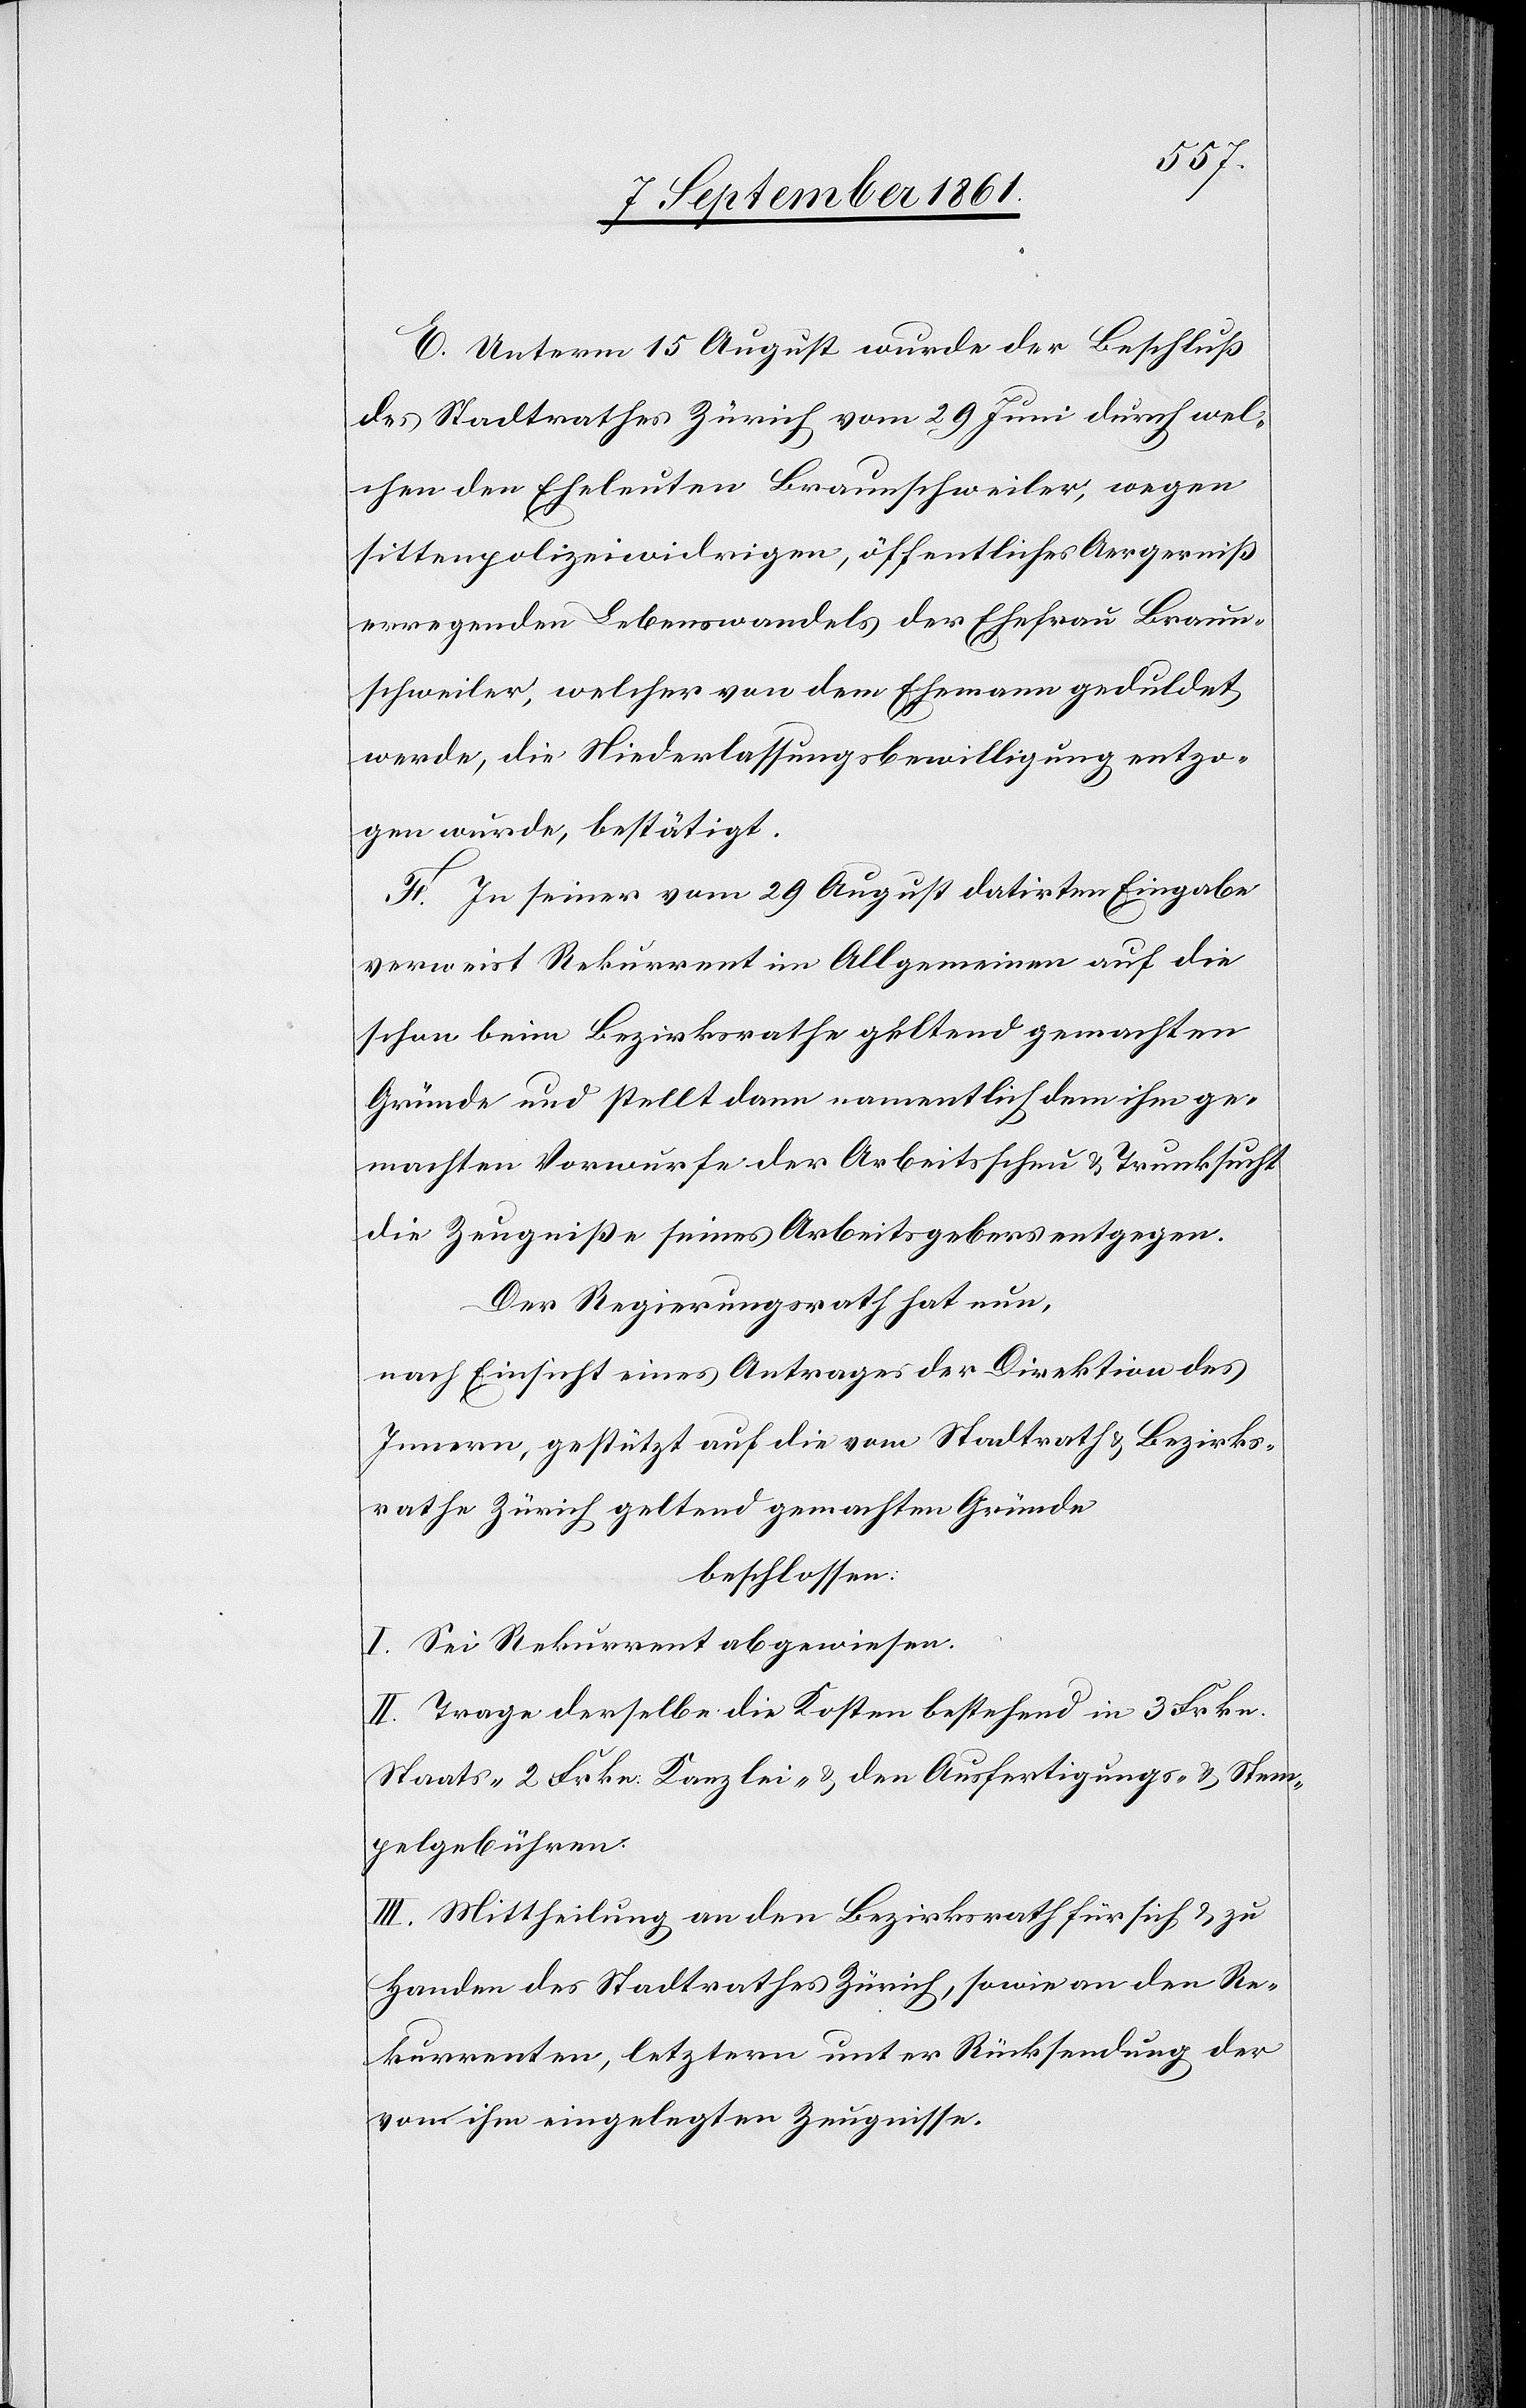
E. Unterm 15 August wurde der Beschluß
des Stadtrathes Zürich vom 29 Juni durch wel¬
chen den Eheleuten Braunschweiler, wegen
sittenpolizeiwidrigen, öffentliches Aergerniß
erregenden Lebenswandels der Ehefrau Braun¬
schweiler, welcher von dem Ehemann geduldet
werde, die Niederlaßungsbewilligung entzo¬
gen wurde, bestätigt.
F. In seiner vom 29 August datirten Eingabe
verweist Rekurrent im Allgemeinen auf die
schon beim Bezirksrathe geltend gemachten
Gründe und stellt dann namentlich dem ihm ge¬
machten Vorwurfe der Arbeitsscheu u. Trunksucht
die Zeugniße seines Arbeitgebers entgegen.
Der Regierungsrath hat nun,
nach Einsicht eines Antrages der Direktion des
Innern, gestützt auf die vom Stadtrath u. Bezirks¬
rathe Zürich, geltend gemachten Gründe
beschlossen:
I. Sei Rekurrent abgewiesen.
II. Trage derselbe die Kosten bestehend in 3 Frkn.
Staats- 2 Frkn. Kanzlei- u. den Ausfertigungs- u. Stem¬
pelgebühren.
III. Mittheilung an den Bezirksrath für sich u. zu
Handen des Stadtrathes Zürich, sowie an den Re¬
kurrenten, letztern unter Rücksendung der
von ihm eingelegten Zeugnisse.